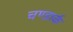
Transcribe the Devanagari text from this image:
चण्डार्क